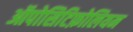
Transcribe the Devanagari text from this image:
ऑपोसिटिफ़ोलियम